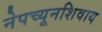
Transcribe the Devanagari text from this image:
नेपच्यूनशिवाय